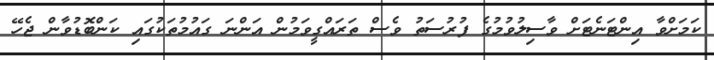
ކަމަށްވާ އިންޓަނެޓަށް ވާސިލުވުމުގެ ފުރުސަތު ވެސް ތަރައްގީވަމުން އަންނަ ގައުމުތަކުގައި ކަންބޮޑުވާން ޖެހޭ